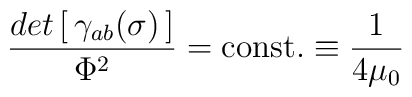
{det\left[\, \gamma_{ab}(\sigma)\,\right] \over \Phi^2}=	\mathrm{const.}\equiv	{1\over 4\mu_0}